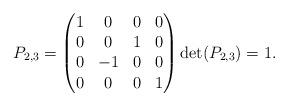
LaTeX: \begin{align*}P_{2,3} =\begin{pmatrix}1 & 0 & 0 & 0\\0 & 0 & 1 & 0\\0 & -1 & 0 & 0\\0 & 0 & 0 & 1\end{pmatrix} \det(P_{2,3})=1.\end{align*}